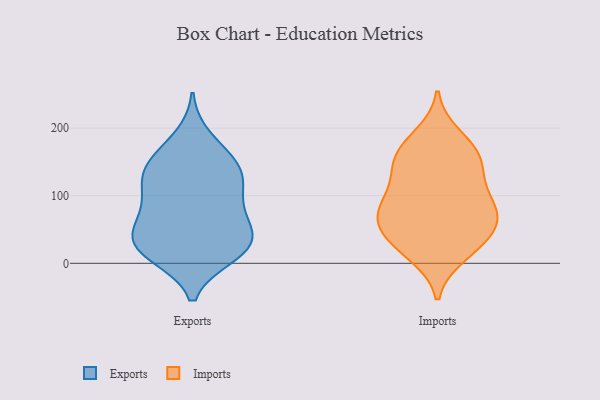
{"axis": {"x": "Active Users", "y": "Value"}, "legend": ["Exports", "Imports"], "data": [{"x": "", "y": 11, "type": "Exports"}, {"x": "", "y": 186, "type": "Exports"}, {"x": "", "y": 135, "type": "Exports"}, {"x": "", "y": 37, "type": "Exports"}, {"x": "", "y": 80, "type": "Exports"}, {"x": "", "y": 114, "type": "Exports"}, {"x": "", "y": 47, "type": "Exports"}, {"x": "", "y": 122, "type": "Exports"}, {"x": "", "y": 113, "type": "Exports"}, {"x": "", "y": 154, "type": "Exports"}, {"x": "", "y": 71, "type": "Exports"}, {"x": "", "y": 25, "type": "Exports"}, {"x": "", "y": 16, "type": "Exports"}, {"x": "", "y": 156, "type": "Exports"}, {"x": "", "y": 79, "type": "Exports"}, {"x": "", "y": 40, "type": "Exports"}, {"x": "", "y": 142, "type": "Exports"}, {"x": "", "y": 34, "type": "Exports"}, {"x": "", "y": 11, "type": "Exports"}, {"x": "", "y": 115, "type": "Imports"}, {"x": "", "y": 124, "type": "Imports"}, {"x": "", "y": 82, "type": "Imports"}, {"x": "", "y": 168, "type": "Imports"}, {"x": "", "y": 13, "type": "Imports"}, {"x": "", "y": 162, "type": "Imports"}, {"x": "", "y": 156, "type": "Imports"}, {"x": "", "y": 83, "type": "Imports"}, {"x": "", "y": 83, "type": "Imports"}, {"x": "", "y": 71, "type": "Imports"}, {"x": "", "y": 26, "type": "Imports"}, {"x": "", "y": 59, "type": "Imports"}, {"x": "", "y": 145, "type": "Imports"}, {"x": "", "y": 44, "type": "Imports"}, {"x": "", "y": 61, "type": "Imports"}, {"x": "", "y": 188, "type": "Imports"}, {"x": "", "y": 25, "type": "Imports"}]}